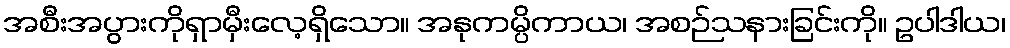
အစီးအပွားကိုရှာမှီးလေ့ရှိသော။ အနုကမ္ပိကာယ၊ အစဉ်သနားခြင်းကို။ ဥပါဒါယ၊